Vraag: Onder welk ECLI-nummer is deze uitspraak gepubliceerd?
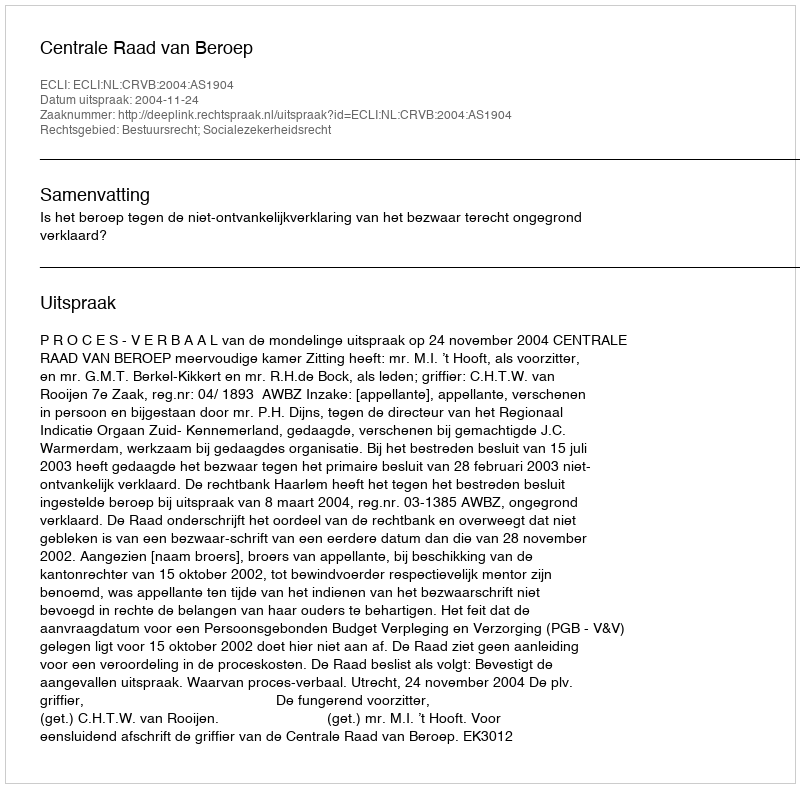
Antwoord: ECLI:NL:CRVB:2004:AS1904